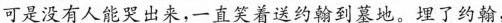
可是没有人能哭出来，一直笑着送约翰到墓地。埋了约翰，